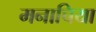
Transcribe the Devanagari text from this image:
मनाचिया